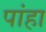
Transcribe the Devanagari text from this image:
पांहा